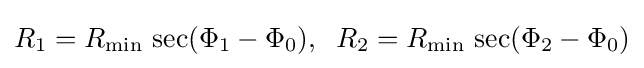
R_{1}=R_{\mathrm {min} }\,\sec(\Phi _{1}-\Phi _{0}),\;\;R_{2}=R_{\mathrm {min} }\,\sec(\Phi _{2}-\Phi _{0})